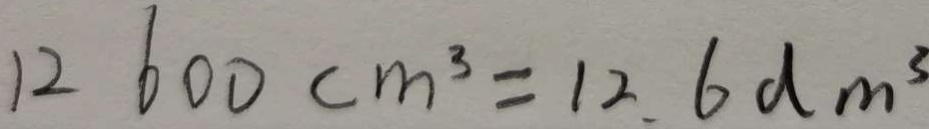
1 2 6 0 0 c m ^ { 3 } = 1 2 . 6 d m ^ { 3 }